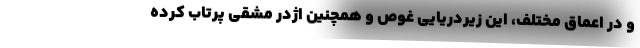
و در اعماق مختلف، این زیردریایی غوص و همچنین اژدر مشقی پرتاب کرده